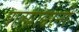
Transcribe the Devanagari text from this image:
बाह्य़ोद्यानी